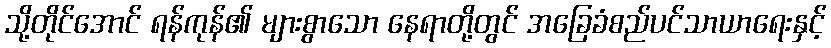
သို့တိုင်အောင် ရန်ကုန်၏ များစွာသော နေရာတို့တွင် အခြေခံစည်ပင်သာယာရေးနှင့်